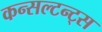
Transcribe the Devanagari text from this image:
कन्सल्टन्ट्स